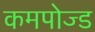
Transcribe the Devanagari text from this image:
कमपोज्ड